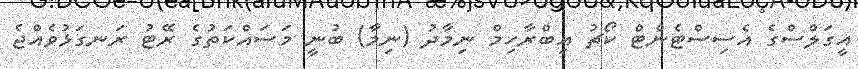
އީގަލްސްގެ އެސިސްޓެންޓް ކޯޗު އިބްރާހިމް ނިމާދު (ނިމާ) ބުނީ މަސައްކަތުގެ ރޭޓު ރަނގަޅުވެއްޖެ